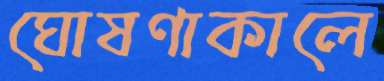
ঘোষণাকালে